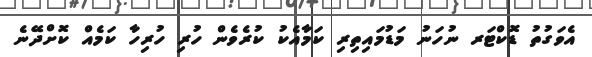
އެވަގުތު ޑޮކްޓަރ ނުހަނު މަޑުމައިތިރި ކަމާއެކު ކުރެވެން ހުރި ހުރިހާ ކަމެއް ކޮށްދޭނެ